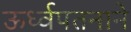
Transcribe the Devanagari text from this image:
ऊर्ध्वपतनाने